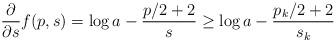
LaTeX: \begin{align*}\frac{\partial}{\partial s}f(p,s) = \log a - \frac{p/2+2}{s} \geq \log a - \frac{p_k/2+2}{s_k}\end{align*}